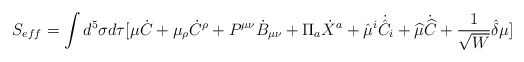
\begin{align*}S_{eff}=\int{d^5\sigma d\tau [\mu\dot{C}+\mu_\rho\dot{C}^{\rho}+P^{\mu\nu}\dot{B}_{\mu\nu}+\Pi_a\dot{X}^a+\hat{\mu}^i\dot{\hat{C}}_i+\widehat{\mu}\dot{\widehat{C}}+\frac{1}{\sqrt{W}}\hat{\delta}\mu]}\end{align*}